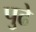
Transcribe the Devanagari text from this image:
पु्ढे